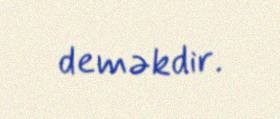
deməkdir.